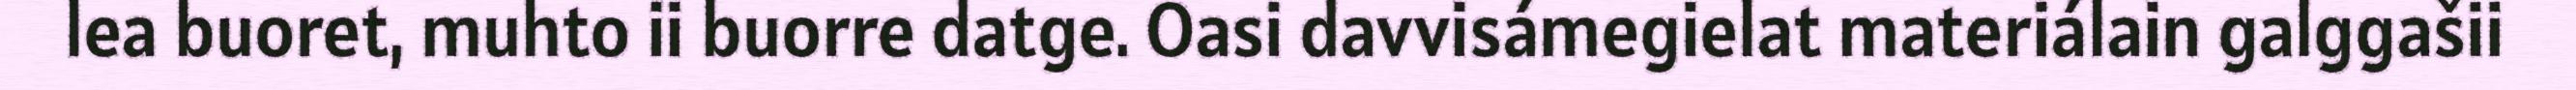
lea buoret, muhto ii buorre datge. Oasi davvisámegielat materiálain galggašii